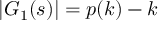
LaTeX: | G _ { 1 } ( s ) | = p ( k ) - k